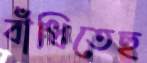
বাঁধিতেছ